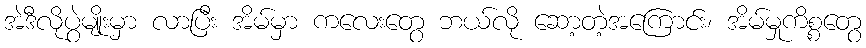
အဲဒီလိုပွဲမျိုးမှာ လာပြီး အိမ်မှာ ကလေးတွေ ဘယ်လို ဆော့တဲ့အကြောင်း၊ အိမ်မှုကိစ္စတွေ